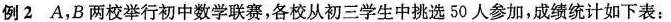
例2 A，B两校举行初中数学联赛，各校从初三学生中挑选50人参加，成绩统计如下表